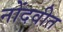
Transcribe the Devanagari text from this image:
नोंदवीत